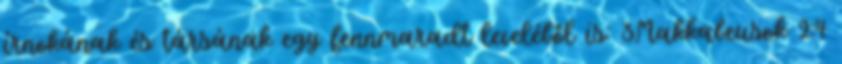
írnokának és társának egy fennmaradt leveléből is: 3Makkabeusok 2:4